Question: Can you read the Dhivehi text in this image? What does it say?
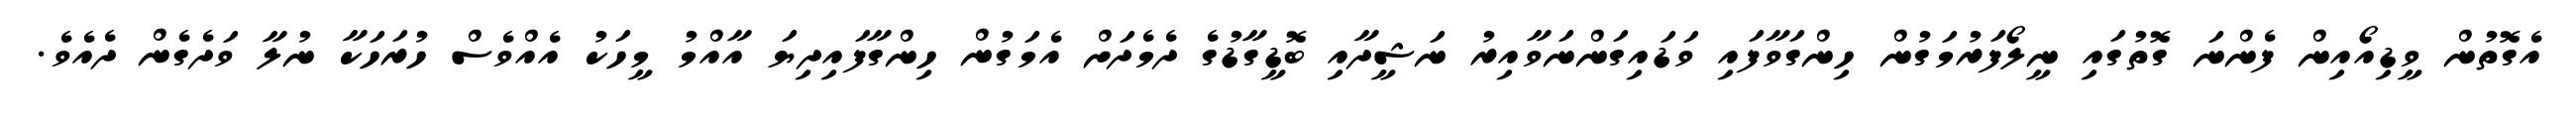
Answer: އެގޮތުން ވީޑިއޯއިން ފެންނަ ގޮތުގައި ނީލޯފަރުމަގުން ހިންގަވާފައި ވަޑައިގަންނަވާއިރު ނަޝީދާއި ބޮޑީގާޑުގެ ދެމެދަށް އެމަގުން ހިންގާފައިދިޔަ އާއްމު މީހަކު އެއްވެސް ހުރަހަކާ ނުލާ ވަދެގެން ދެއެވެ.